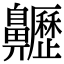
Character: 𪗁